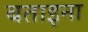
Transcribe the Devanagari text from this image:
बताइना